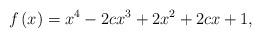
LaTeX: \begin{align*}f\left( x\right) =x^{4}-2cx^{3}+2x^{2}+2cx+1,\end{align*}